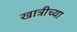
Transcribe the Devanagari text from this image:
खात्रीच्या